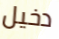
دخيل